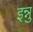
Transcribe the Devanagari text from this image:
इन्नु